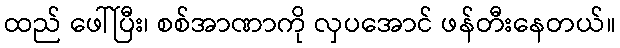
ထည် ဖေါ်ပြီး၊ စစ်အာဏာကို လှပအောင် ဖန်တီးနေတယ်။